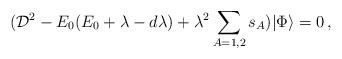
LaTeX: \begin{align*}({\cal D}^2- E_0(E_0+\lambda-d\lambda)+\lambda^2\sum_{A=1,2}s_A)|\Phi\rangle=0\,,\end{align*}